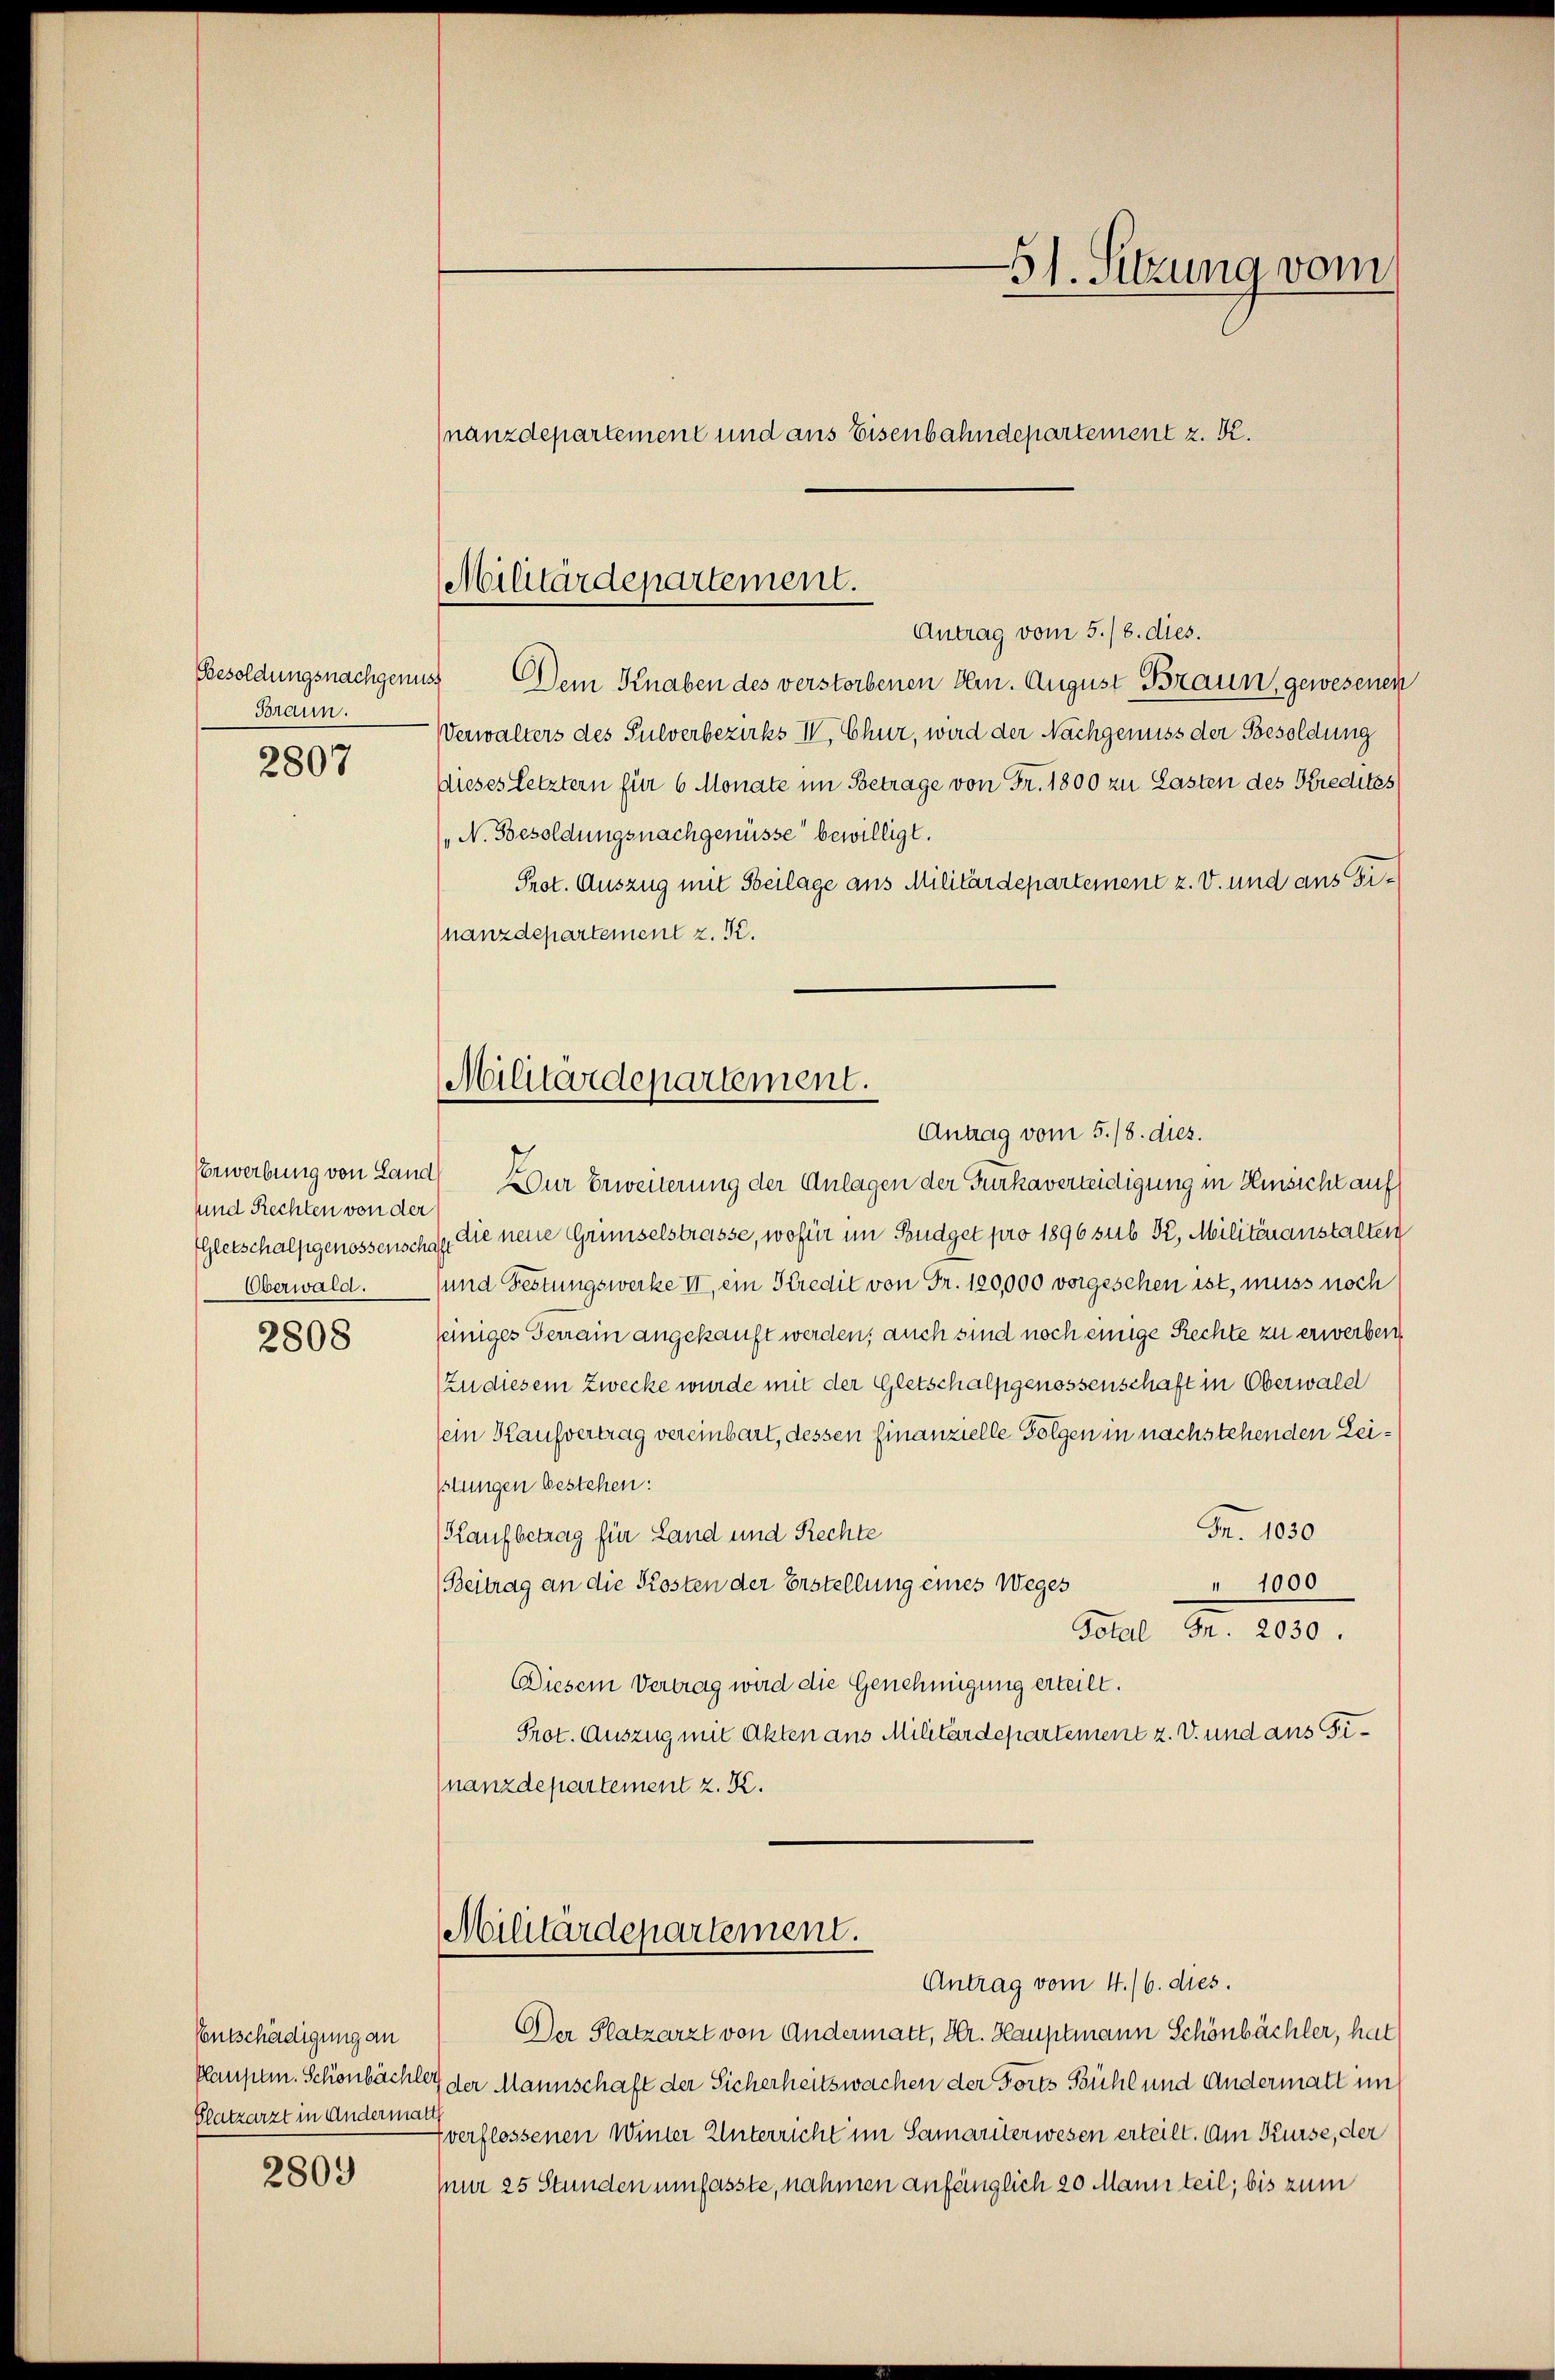
Braun.
2807

und Rechten von der
Oberwald.

2808

Entschädigung an
Platzarzt in Andermatt

2809

51. Sitzung vom
nanzdepartement und aus Eisenbahndepartement z. K.

Besoldungsnachgenuss Dem Knaben des verstorbenen Hrn. August Braun, gewesenen
Verwalters des Pulverbezirks IV, Chur, wird der Nachgenuss der Besoldung
Dieses Letztern für 6 Monate im Betrage von Fr. 1800 zu Lasten des Kredites
„N. Besoldungsnachgenüsse bewilligt.
Prot. Auszug mit Beilage aus Militärdepartement z. V. und aus Di¬
(nanzdepartement z. K.
Erwerbung von Land Dur Erweiterung der Anlagen der Furkaverteidigung in Hinsicht auf
Gletschalpgenossenschen Die neue Grünselstrasse, wofür im Budget pro 1896 sub K, Militäranstalten
und Festungswerke III, ein Kredit von Fr. 120,000 vorgesehen ist, muss noch
seiniges Terrain angekauft werden; auch sind noch einige Rechte zu erwerben,
(Zu diesem Zwecke wurde mit der Gletschalfgenossenschaft in Oberwald
sein Kaufvertrag vereinbart, dessen finanzielle Folgen in nachstehenden Leiptungen bestehen:
Fr. 1030
Kaufbetrag für Land und Rechte
" 1000
(Beitrag an die Kosten der Erstellung eines Weges
Bel Fr. 200.
Diesem Vertrag wird die Genehmigung erteilt.
Prot. Auszug mit Akten aus Militärdepartement z. V. und aus Finanzdepartement z. K.
Militärdepartement.
Antrag vom 4./6. dies.
Der Platzarzt von Andermatt, Hr. Hauptmann Schönbächler, hat
Plauper. Schönbächler der Mannschaft der Sicherheitswachen der Forts Bühl und Andermalt im
zverflossenen Winter Unterricht im Samariterwesen erteilt. Am Kurse, der
Mir 25 Stunden umfasste, nahmen anfänglich 20 Mann teil; bis zum

Militärdepartement.
Antrag vom 5./6. dies.

Militärdepartement.
Antrag vom 5./8. dies.